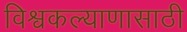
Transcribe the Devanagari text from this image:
विश्वकल्याणासाठी